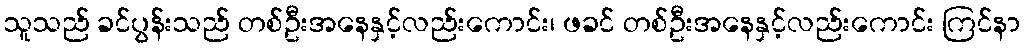
သူသည် ခင်ပွန်းသည် တစ်ဦးအနေနှင့်လည်းကောင်း၊ ဖခင် တစ်ဦးအနေနှင့်လည်းကောင်း ကြင်နာ